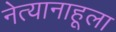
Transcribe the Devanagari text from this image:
नेत्यानाहूला